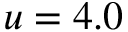
u = 4 . 0